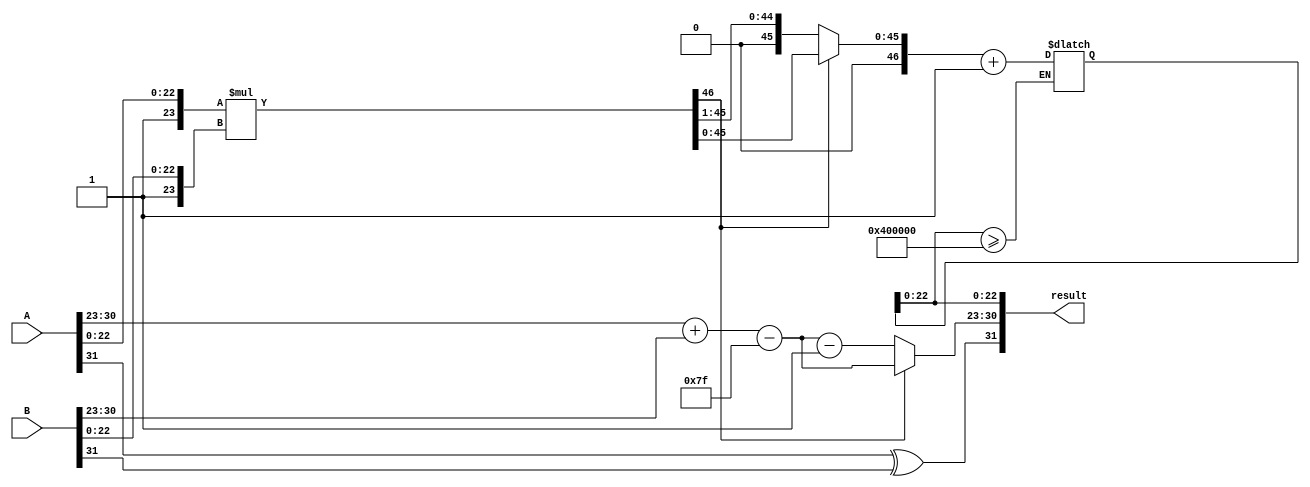
module radix2_fp_multiplier (
    input [31:0] A, // Input floating-point number A
    input [31:0] B, // Input floating-point number B
    output reg [31:0] result // Output floating-point number
);

    // Constants
    localparam EXPONENT_BIAS = 127;
    localparam SIGNIFICAND_WIDTH = 23;
    localparam EXPONENT_WIDTH = 8;

    // Internal signals
    wire sign_A, sign_B, sign_result;
    wire [EXPONENT_WIDTH-1:0] exp_A, exp_B;
    wire [EXPONENT_WIDTH-1:0] exp_result;
    wire [SIGNIFICAND_WIDTH:0] sig_A, sig_B; // Including implicit leading 1
    wire [2*SIGNIFICAND_WIDTH:0] sig_result; // Result of significand multiplication
    wire [4:0] exp_adjustment; // For normalization adjustment
    reg [2*SIGNIFICAND_WIDTH:0] sig_normalized;
    reg [EXPONENT_WIDTH-1:0] exp_normalized;

    // Extract sign, exponent, and significand
    assign sign_A = A[31];
    assign exp_A = A[30:23];
    assign sig_A = {1'b1, A[22:0]}; // Implicit leading 1

    assign sign_B = B[31];
    assign exp_B = B[30:23];
    assign sig_B = {1'b1, B[22:0]}; // Implicit leading 1

    // Calculate sign of the result
    assign sign_result = sign_A ^ sign_B;

    // Calculate exponent of the result
    assign exp_result = exp_A + exp_B - EXPONENT_BIAS;

    // Perform significand multiplication
    assign sig_result = sig_A * sig_B;

    // Normalization
    always @(*) begin
        // Check for normalization
        if (sig_result[2*SIGNIFICAND_WIDTH] == 1'b1) begin
            // Already normalized
            sig_normalized = sig_result[2*SIGNIFICAND_WIDTH-1:0];
            exp_normalized = exp_result;
        end else begin
            // Need to normalize
            sig_normalized = sig_result[2*SIGNIFICAND_WIDTH-1:1]; // Right shift
            exp_normalized = exp_result - 1; // Adjust exponent
        end
    end

    // Rounding (round to nearest)
    always @(*) begin
        // Check for rounding
        if (sig_normalized[SIGNIFICAND_WIDTH-1:0] >= 23'b10000000000000000000000) begin
            sig_normalized = sig_normalized + 1; // Round up
        end
    end

    // Assemble final result
    always @(*) begin
        result = {sign_result, exp_normalized, sig_normalized[SIGNIFICAND_WIDTH-1:0]};
    end

endmodule